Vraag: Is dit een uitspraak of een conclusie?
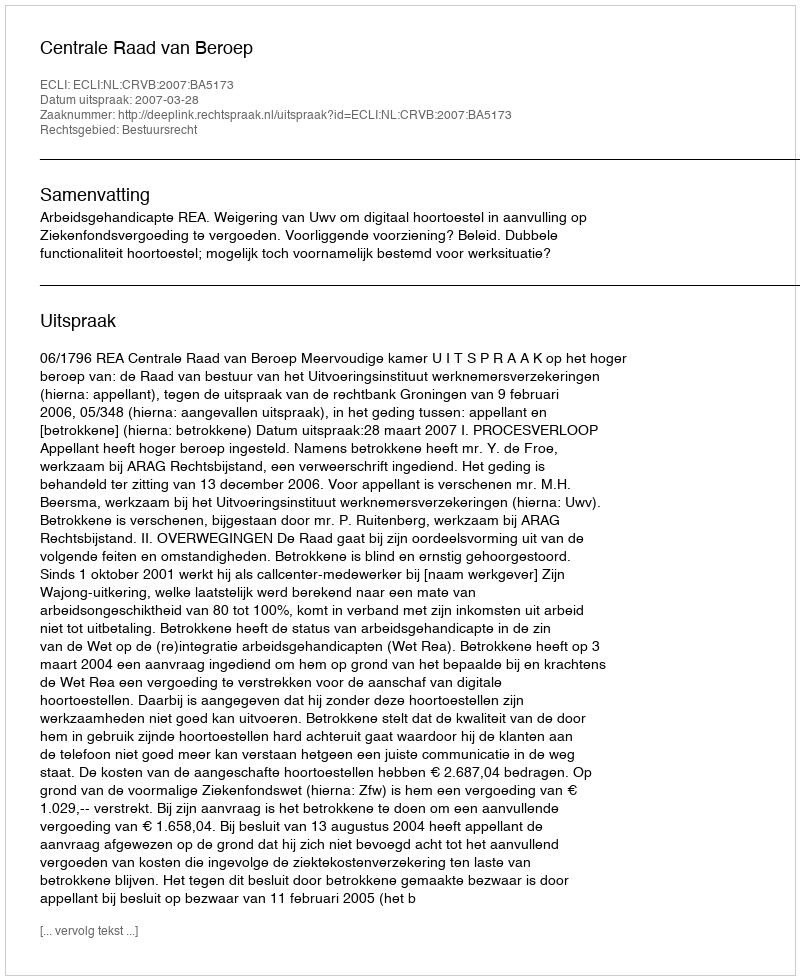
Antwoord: Uitspraak